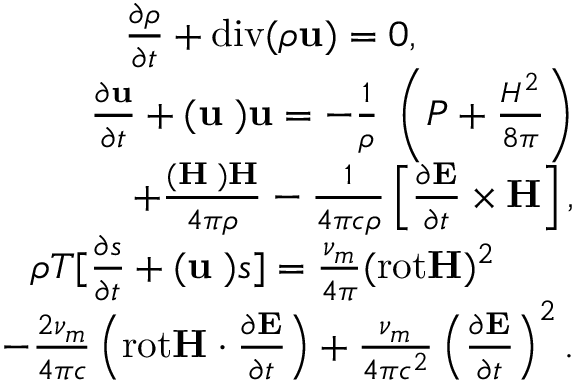
\begin{array} { r } { \frac { \partial \rho } { \partial t } + \mathrm { d i v } ( \rho { \bf u } ) = 0 , \qquad \qquad } \\ { \frac { \partial { \bf u } } { \partial t } + ( { \bf u \nabla ) u } = - \frac { 1 } { \rho } { \bf \nabla } \left( P + \frac { H ^ { 2 } } { 8 \pi } \right) } \\ { + \frac { ( { \bf H \nabla ) H } } { 4 \pi \rho } - \frac { 1 } { 4 \pi c \rho } \left[ \frac { \partial { \bf E } } { \partial t } \times { \bf H } \right] , } \\ { \rho T [ \frac { \partial { s } } { \partial t } + ( { \bf u \nabla ) } s ] = \frac { \nu _ { m } } { 4 \pi } ( \mathrm { r o t } { \bf H } ) ^ { 2 } \qquad } \\ { - \frac { 2 \nu _ { m } } { 4 \pi c } \left( \mathrm { r o t } { \bf H } \cdot \frac { \partial { \bf E } } { \partial t } \right) + \frac { \nu _ { m } } { 4 \pi c ^ { 2 } } \left( \frac { \partial { \bf E } } { \partial t } \right) ^ { 2 } . } \end{array}